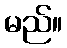
မည်။